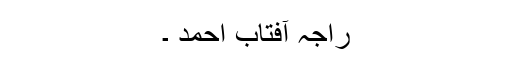
راجہ آفتاب احمد ۔